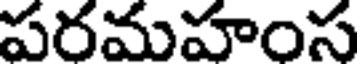
పరమహంస